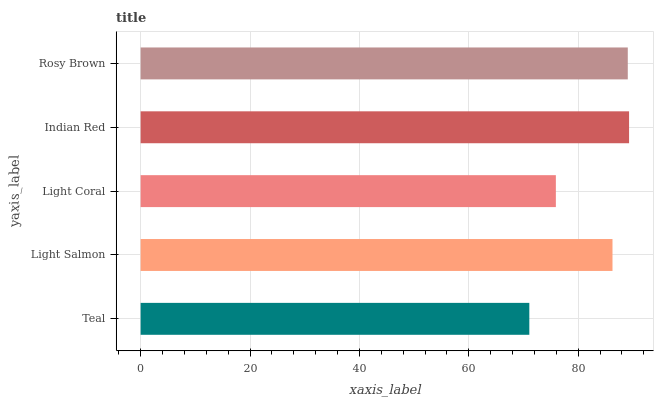
| yaxis_label | bars |
 | --- | --- |
 | Teal | 71.1 |
 | Light Salmon | 86.3 |
 | Light Coral | 75.9 |
 | Indian Red | 89.3 |
 | Rosy Brown | 89.1 |